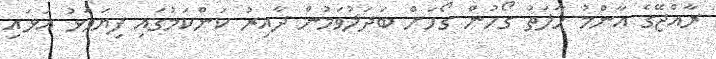
ރާއްޖޭގެ އާންމު ހާލަތު ގޯހުން ގޯހަށް ބަދަލުވަމުން ދާއިރު ކަންކަމުގައި ފިޔަވަޅު އަޅައި